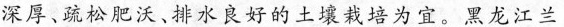
深厚、疏松肥沃、排水良好的土壤栽培为宜。黑龙江兰